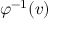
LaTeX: \varphi ^ { - 1 } ( v )